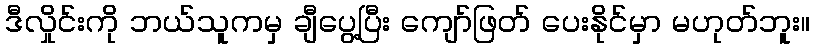
ဒီလှိုင်းကို ဘယ်သူကမှ ချီပွေ့ပြီး ကျော်ဖြတ် ပေးနိုင်မှာ မဟုတ်ဘူး။